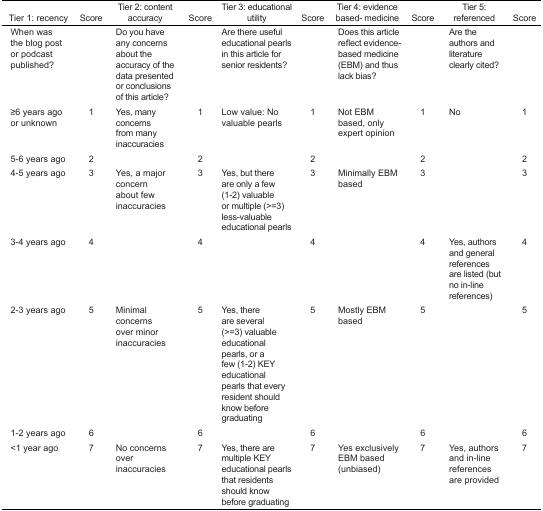
<table><thead><tr><td><b>Tier 1: recency</b></td><td><b>Score</b></td><td><b>Tier 2: content accuracy</b></td><td><b>Score</b></td><td><b>Tier 3: educational utility</b></td><td><b>Score</b></td><td><b>Tier 4: evidence based- medicine</b></td><td><b>Score</b></td><td><b>Tier 5: referenced</b></td><td><b>Score</b></td></tr></thead><tbody><tr><td>When was the blog post or podcast published?</td><td></td><td>Do you have any concerns about the accuracy of the data presented or conclusions of this article?</td><td></td><td>Are there useful educational pearls in this article for senior residents?</td><td></td><td>Does this article reflect evidence-based medicine (EBM) and thus lack bias?</td><td></td><td>Are the authors and literature clearly cited?</td><td></td></tr><tr><td>≥6 years ago or unknown</td><td>1</td><td>Yes, many concerns from many inaccuracies</td><td>1</td><td>Low value: No valuable pearls</td><td>1</td><td>Not EBM based, only expert opinion</td><td>1</td><td>No</td><td>1</td></tr><tr><td>5–6 years ago</td><td>2</td><td></td><td>2</td><td></td><td>2</td><td></td><td>2</td><td></td><td>2</td></tr><tr><td>4–5 years ago</td><td>3</td><td>Yes, a major concern about few inaccuracies</td><td>3</td><td>Yes, but there are only a few (1–2) valuable or multiple (&gt;=3) less-valuable educational pearls</td><td>3</td><td>Minimally EBM based</td><td>3</td><td></td><td>3</td></tr><tr><td>3–4 years ago</td><td>4</td><td></td><td>4</td><td></td><td>4</td><td></td><td>4</td><td>Yes, authors and general references are listed (but no in-line references)</td><td>4</td></tr><tr><td>2–3 years ago</td><td>5</td><td>Minimal concerns over minor inaccuracies</td><td>5</td><td>Yes, there are several (&gt;=3) valuable educational pearls, or a few (1–2) KEY educational pearls that every resident should know before graduating</td><td>5</td><td>Mostly EBM based</td><td>5</td><td></td><td>5</td></tr><tr><td>1–2 years ago</td><td>6</td><td></td><td>6</td><td></td><td>6</td><td></td><td>6</td><td></td><td>6</td></tr><tr><td>&lt;1 year ago</td><td>7</td><td>No concerns over inaccuracies</td><td>7</td><td>Yes, there are multiple KEY educational pearls that residents should know before graduating</td><td>7</td><td>Yes exclusively EBM based (unbiased)</td><td>7</td><td>Yes, authors and in-line references are provided</td><td>7</td></tr></tbody></table>